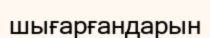
шығарғандарын